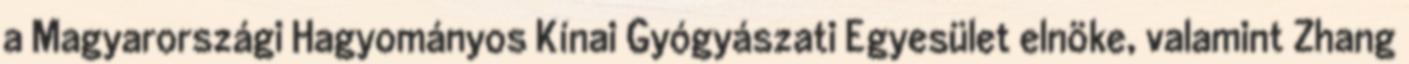
a Magyarországi Hagyományos Kínai Gyógyászati Egyesület elnöke, valamint Zhang